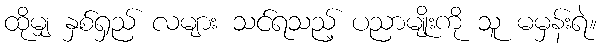
ထိုမျှ နှစ်ရှည် လများ သင်ရသည့် ပညာမျိုးကို သူ မမှန်းရဲ။